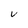
Character: V